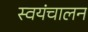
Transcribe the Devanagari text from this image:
स्वयंचालन